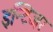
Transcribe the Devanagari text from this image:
इन्टिजर